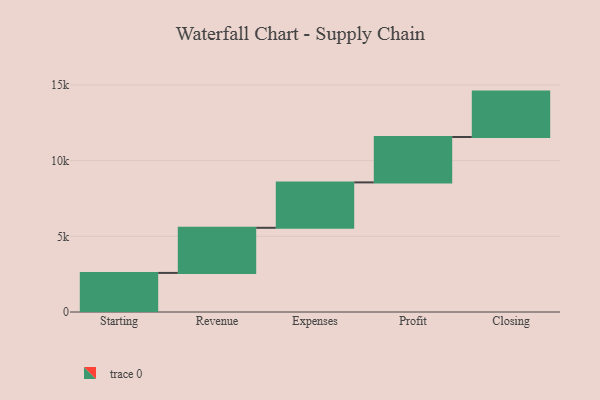
{"axis": {"x": "Step", "y": "Value"}, "legend": [""], "data": [{"x": "Starting", "y": 2583.0, "type": ""}, {"x": "Revenue", "y": 2981.0, "type": ""}, {"x": "Expenses", "y": 3000, "type": ""}, {"x": "Profit", "y": 3000, "type": ""}, {"x": "Closing", "y": 3000, "type": ""}]}